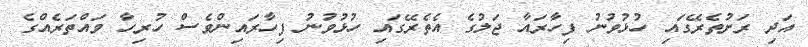
އަދި ރަށުތެރޭގައި ހުޅުވުނު ފިހާރައާ ޖަލުގެ އެތެރޭގައި ހުޅުވުނު ފިހާރައިންވެސް ހުރިހާ ވައްތަރެއްގެ